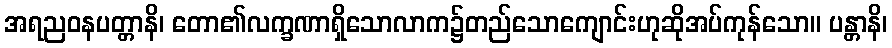
အရညဝနပတ္တာနိ၊ တော၏လက္ခဏာရှိသောလာက၌တည်သောကျောင်းဟုဆိုအပ်ကုန်သော။ ပန္တာနိ၊